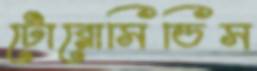
টোরোসিডিস